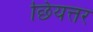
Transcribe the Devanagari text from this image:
छियत्तर